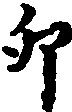
卯